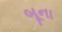
બૂના